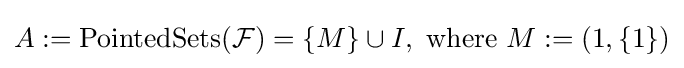
A:=\operatorname {PointedSets} ({\mathcal {F}})=\{M\}\cup I,{\text{ where }}M:=(1,\{1\})